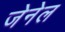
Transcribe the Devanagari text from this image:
जेनेल